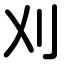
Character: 刈